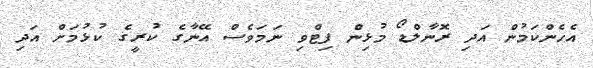
އެހެންކަމުން އަދި ރޮނާލްޑޯ މުޅިން ފިޓްވި ނަމަވެސް އޭނާގެ ކުރީގެ ކުޅުމަށް އަދި